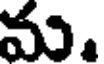
మ.